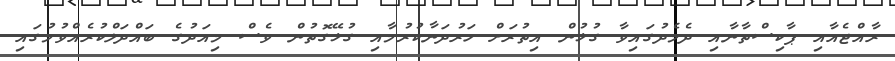
ރާއްޖެއާއި ޕާކިސްތާނާއި ދެމެދުގައިވާ ގުޅުން އިތުރަށް ހަރުދަނާކުރުމާއި ގުޅޭގޮތުން ވެސް މިއަދުގެ ބައްދަލްކުރެއްވުމުގައި